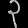
Digit: ၃